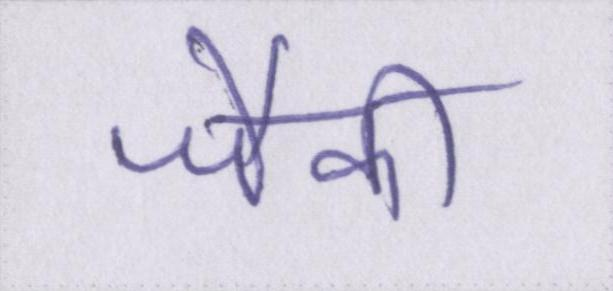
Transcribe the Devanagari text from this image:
जैकी